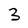
Character: 3